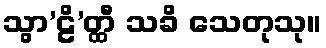
သွာ’ဠိ’တ္ထီ သခိ သေတုသု။